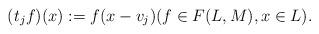
LaTeX: \begin{align*}(t_{j}f)(x):=f(x-v_{j}) (f \in F(L, M), x \in L). \end{align*}